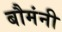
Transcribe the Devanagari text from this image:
बौमंनी